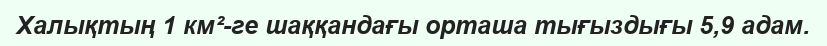
Халықтың 1 км²-ге шаққандағы орташа тығыздығы 5,9 адам.